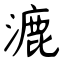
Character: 漉